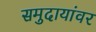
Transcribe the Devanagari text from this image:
समुदायांवर